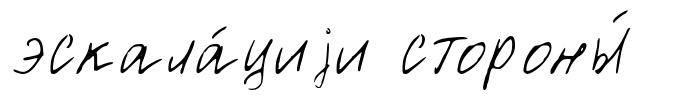
эскала́циjи стороны́